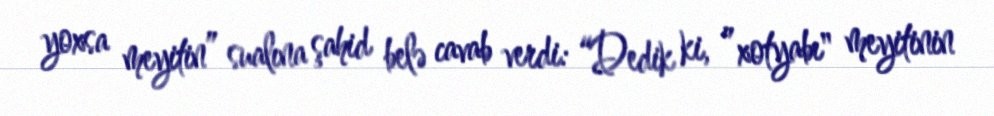
yoxsa meyitin” sualına şahid belə cavab verdi: “Dedik ki, ”xotyabı" meyitinin